Annual report of the Madras Medical College
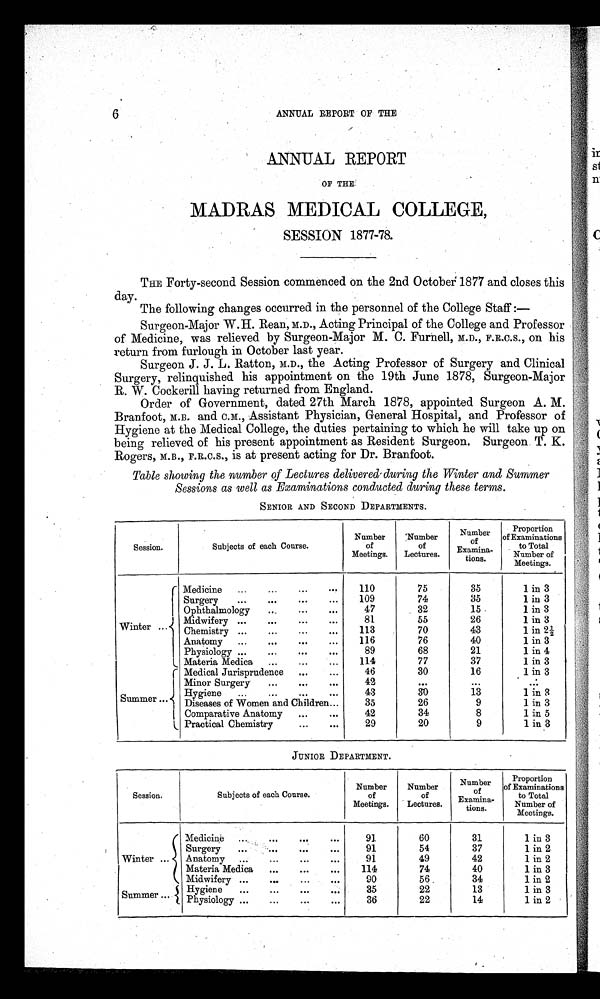
6
ANNUAL REPORT OF THE
ANNUAL REPORT
OF THE
MADRAS MEDICAL COLLEGE,
SESSION 1877-78.
THE Forty-second Session commenced on the 2nd October 1877 and closes this
day.
The following changes occurred in the personnel of the College Staff:—
Surgeon-Major W.H. Rean, M.D., Acting Principal of the College and Professor
of Medicine, was relieved by Surgeon-Major M. C. Furnell, M.D., F.R.C.S., on his
return from furlough in October last year.
Surgeon J. J. L. Ratton, M.D., the Acting Professor of Surgery and Clinical
Surgery, relinquished his appointment on the 19th June 1878, Surgeon-Major
R. W. Cockerill having returned from England.
Order of Government, dated 27th March 1878, appointed Surgeon A. M.
Branfoot, M.B. and C.M., Assistant Physician, General Hospital, and Professor of
Hygiene at the Medical College, the duties pertaining to which he will take up on
being relieved of his present appointment as Resident Surgeon. Surgeon. T. K.
Rogers, M.B., F.R.C.S., is at present acting for Dr. Branfoot.
Table showing the number of Lectures delivered during the Winter and Summer
Sessions as well as Examinations conducted during these terms.
SENIOR AND SECOND DEPARTMENTS.
Session.
Subjects of each Course.
Number
of
Meetings.
Number
of
Lectures.
Number
of
Examina-
tions.
Proportion
of Examinations
to Total
Number of
Meetings.
Medicine
...
...
...
...
110
75
35
1 in 3
Surgery
...
...
...
...
109
74
35
1 in 3
Ophthalmology
...
...
...
47
32
15 .
1 in 3
Winter ...
Midwifery ...
...
...
...
Chemistry ...
...
...
...
81
113
55
70
26
43
1 in 3
1 in 2½
Anatomy
...
...
...
...
116
76
40
1 in 3
Physiology ...
...
...
...
89
68
21
1 in 4
Materia Medica
...
...
...
114
77
37
1 in 3
Medical Jurisprudence
...
...
46
30
16
1 in 3
Minor Surgery
...
...
...
42
. . .
...
. . .
Summer ...
Hygiene
...
...
...
...
Diseases of Women and Children...
43
35
30
26
13
9
1 in 3
1 in 3
Comparative Anatomy
...
...
42
34
8
1 in 5
Practical Chemistry
... ...
29
20
9
1 in 3
JUNIOR DEPARTMENT.
Session.
Subjects of each Course.
Number
of
Meetings.
Number
of
Lectures.
Number
of
Examina-
tions.
Proportion
of Examinations
to Total
Number of
Meetings.
Medicine ...
...
... ...
91
60
31
1 in 3
Surgery
...
... ... ...
91
54
37
1 in 2
Winter
Anatomy ...
...
... ...
91
49
42
1 in 2
Materia Medica
...
... ...
114
74
40
1 in 3
Midwifery ...
...
...
...
90
56
34
1 in 2
Summer ...
Hygiene
...
Physiology ...
...
... ... ... ... ...
35
36
22
22
13
14
1 in 3
1 in 2